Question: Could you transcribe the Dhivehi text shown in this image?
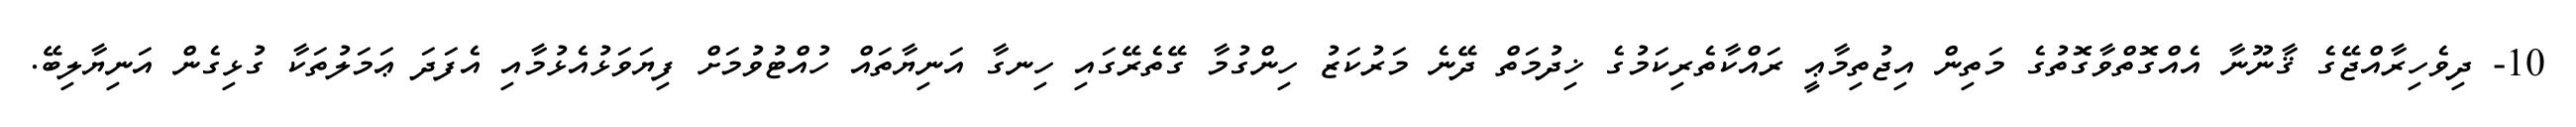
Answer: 10- ދިވެހިރާއްޖޭގެ ޤާނޫނާ އެއްގޮތްވާގޮތުގެ މަތިން އިޖުތިމާޢީ ރައްކާތެރިކަމުގެ ޚިދުމަތް ދޭނެ މަރުކަޒު ހިންގުމާ ގޭތެރޭގައި ހިނގާ އަނިޔާތައް ހުއްޓުވުމަށް ފިޔަވަޅުއެޅުމާއި އެފަދަ ޢަމަލުތަކާ ގުޅިގެން އަނިޔާލިބޭ.